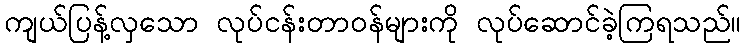
ကျယ်ပြန့်လှသော လုပ်ငန်းတာဝန်များကို လုပ်ဆောင်ခဲ့ကြရသည်။